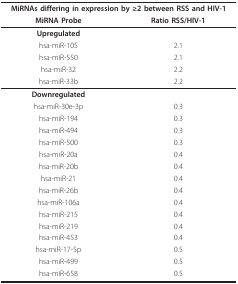
| <COLSPAN=2> MiRNAs differing in expression by ≥2 between RSS and HIV-1 |
 | MiRNA Probe | Ratio RSS/HIV-1 |
 | --- | --- |
 | Upregulated |  |
 | hsa-miR-105 | 2.1 |
 | hsa-miR-550 | 2.1 |
 | hsa-miR-32 | 2.2 |
 | hsa-miR-33b | 2.2 |
 | Downregulated |  |
 | hsa-miR-30e-3p | 0.3 |
 | hsa-miR-194 | 0.3 |
 | hsa-miR-494 | 0.3 |
 | hsa-miR-500 | 0.3 |
 | hsa-miR-20a | 0.4 |
 | hsa-miR-20b | 0.4 |
 | hsa-miR-21 | 0.4 |
 | hsa-miR-26b | 0.4 |
 | hsa-miR-106a | 0.4 |
 | hsa-miR-215 | 0.4 |
 | hsa-miR-219 | 0.4 |
 | hsa-miR-453 | 0.4 |
 | hsa-miR-17-5p | 0.5 |
 | hsa-miR-499 | 0.5 |
 | hsa-miR-658 | 0.5 |